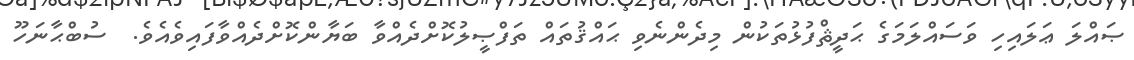
ޞައްލަ ޢަލައިހި ވަސައްލަމަގެ ޙަދީޘްފުޅުތަކުން މިދެންނެވި ޙައްޤުތައް ތަފްޞީލުކޮށްދެއްވާ ބަޔާންކޮށްދެއްވާފައިވެއެވެ.  ސުބްޙާނަހޫ